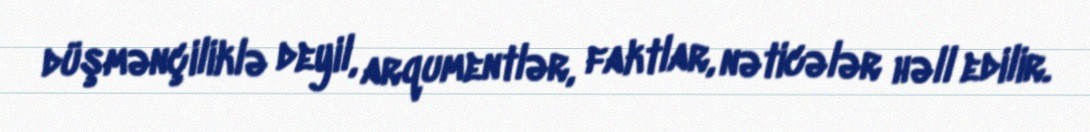
düşmənçiliklə deyil, arqumentlər, faktlar, nəticələr həll edilir.